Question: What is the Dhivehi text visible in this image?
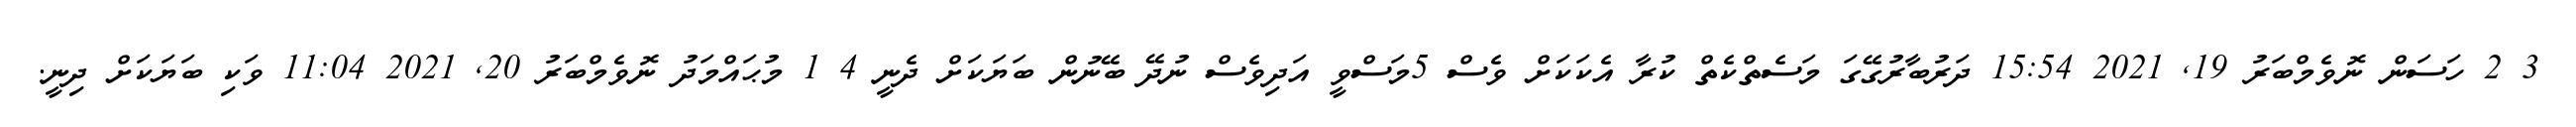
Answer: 3 2 ހަސަން ނޮވެމްބަރު 19, 2021 15:54 ދަރުބާރުގޭގަ މަސެތްކެތް ކުރާ އެކަކަށް ވެސް 5މަސްވީ އަދިވެސް ނުދޭ ބޭނުން ބަޔަކަށް ދެނީ 4 1 މުޙައްމަދު ނޮވެމްބަރު 20, 2021 11:04 ވަކި ބަޔަކަށް ދިނީ.